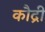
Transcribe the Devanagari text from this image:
कौद्री